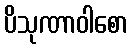
ပိသုဏာဝါစော